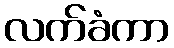
လက်ခံကာ